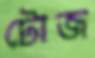
টোজ